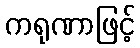
ကရုဏာဖြင့်